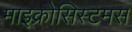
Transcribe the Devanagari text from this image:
माइक्रोसिस्टमस